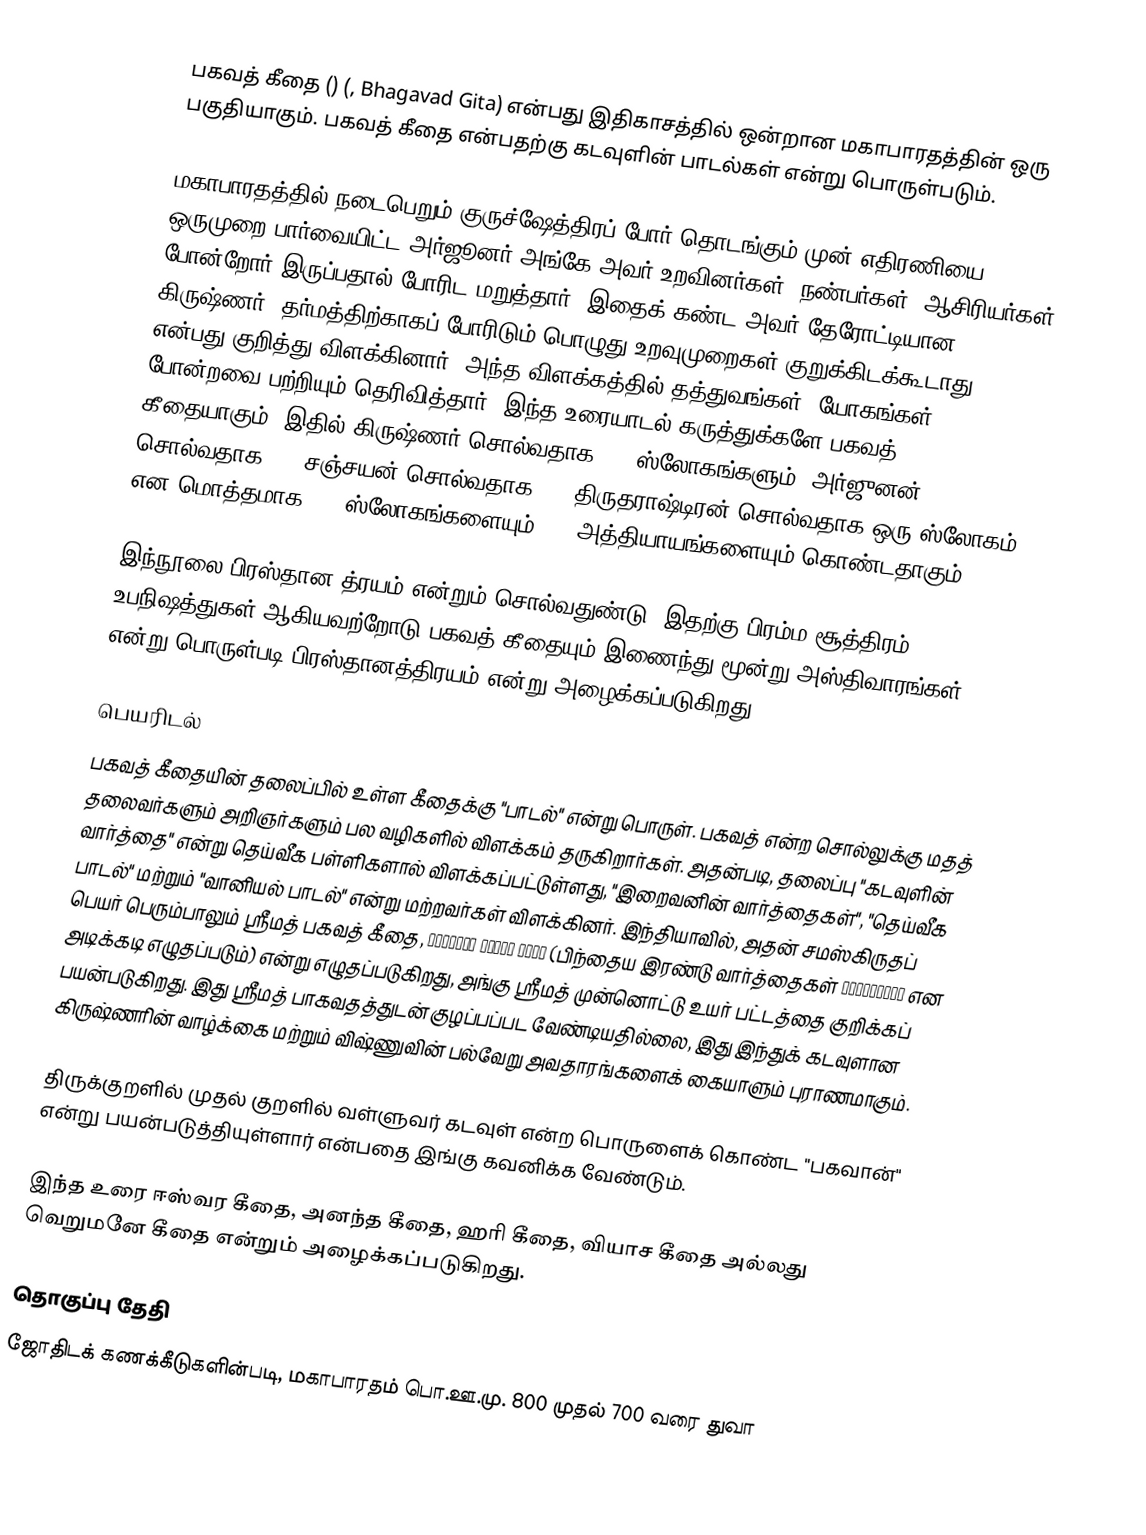
பகவத் கீதை () (, Bhagavad Gita) என்பது இதிகாசத்தில் ஒன்றான மகாபாரதத்தின் ஒரு பகுதியாகும். பகவத் கீதை என்பதற்கு கடவுளின் பாடல்கள் என்று பொருள்படும்.

மகாபாரதத்தில் நடைபெறும் குருச்ஷேத்திரப் போர் தொடங்கும் முன் எதிரணியை ஒருமுறை பார்வையிட்ட அர்ஜூனர் அங்கே அவர் உறவினர்கள், நண்பர்கள், ஆசிரியர்கள் போன்றோர் இருப்பதால் போரிட மறுத்தார். இதைக் கண்ட அவர் தேரோட்டியான கிருஷ்ணர், தர்மத்திற்காகப் போரிடும் பொழுது உறவுமுறைகள் குறுக்கிடக்கூடாது என்பது குறித்து விளக்கினார். அந்த விளக்கத்தில் தத்துவங்கள், யோகங்கள் போன்றவை பற்றியும் தெரிவித்தார். இந்த உரையாடல் கருத்துக்களே பகவத் கீதையாகும். இதில் கிருஷ்ணர் சொல்வதாக 620 ஸ்லோகங்களும், அர்ஜுனன் சொல்வதாக 57, சஞ்சயன் சொல்வதாக 67, திருதராஷ்டிரன் சொல்வதாக ஒரு ஸ்லோகம் என மொத்தமாக 700 ஸ்லோகங்களையும், 18 அத்தியாயங்களையும் கொண்டதாகும்.

இந்நூலை பிரஸ்தான த்ரயம் என்றும் சொல்வதுண்டு. இதற்கு பிரம்ம சூத்திரம், உபநிஷத்துகள் ஆகியவற்றோடு பகவத் கீதையும் இணைந்து மூன்று அஸ்திவாரங்கள் என்று பொருள்படி பிரஸ்தானத்திரயம் என்று அழைக்கப்படுகிறது.

பெயரிடல்
பகவத் கீதையின் தலைப்பில் உள்ள கீதைக்கு "பாடல்" என்று பொருள். பகவத் என்ற சொல்லுக்கு மதத் தலைவர்களும் அறிஞர்களும் பல வழிகளில் விளக்கம் தருகிறார்கள். அதன்படி, தலைப்பு "கடவுளின் வார்த்தை" என்று தெய்வீக பள்ளிகளால் விளக்கப்பட்டுள்ளது, "இறைவனின் வார்த்தைகள்", "தெய்வீக பாடல்" மற்றும் "வானியல் பாடல்" என்று மற்றவர்கள் விளக்கினர். இந்தியாவில், அதன் சமஸ்கிருதப் பெயர் பெரும்பாலும் ஸ்ரீமத் பகவத் கீதை, श्रीमद् भगवद् गीता (பிந்தைய இரண்டு வார்த்தைகள் भगवद्गीता என அடிக்கடி எழுதப்படும்) என்று எழுதப்படுகிறது, அங்கு ஸ்ரீமத் முன்னொட்டு உயர் பட்டத்தை குறிக்கப் பயன்படுகிறது. இது ஸ்ரீமத் பாகவதத்துடன் குழப்பப்பட வேண்டியதில்லை, இது இந்துக் கடவுளான கிருஷ்ணரின் வாழ்க்கை மற்றும் விஷ்ணுவின் பல்வேறு அவதாரங்களைக் கையாளும் புராணமாகும்.

திருக்குறளில் முதல் குறளில் வள்ளுவர் கடவுள் என்ற பொருளைக் கொண்ட "பகவான்" என்று பயன்படுத்தியுள்ளார் என்பதை இங்கு கவனிக்க வேண்டும்.

இந்த உரை ஈஸ்வர கீதை, அனந்த கீதை, ஹரி கீதை, வியாச கீதை அல்லது வெறுமனே கீதை என்றும் அழைக்கப்படுகிறது.

தொகுப்பு தேதி
ஜோதிடக் கணக்கீடுகளின்படி, மகாபாரதம் பொ.ஊ.மு. 800 முதல் 700 வரை துவா